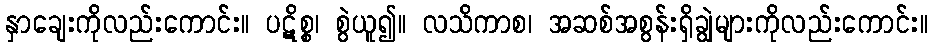
နှာချေးကိုလည်းကောင်း။ ပဋိစ္စ၊ စွဲယူ၍။ လသိကာစ၊ အဆစ်အစွန်းရှိချွဲများကိုလည်းကောင်း။